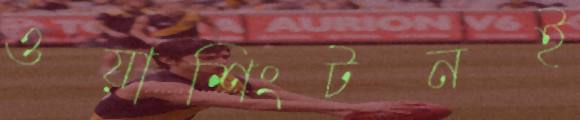
ওয়াশিংটনই